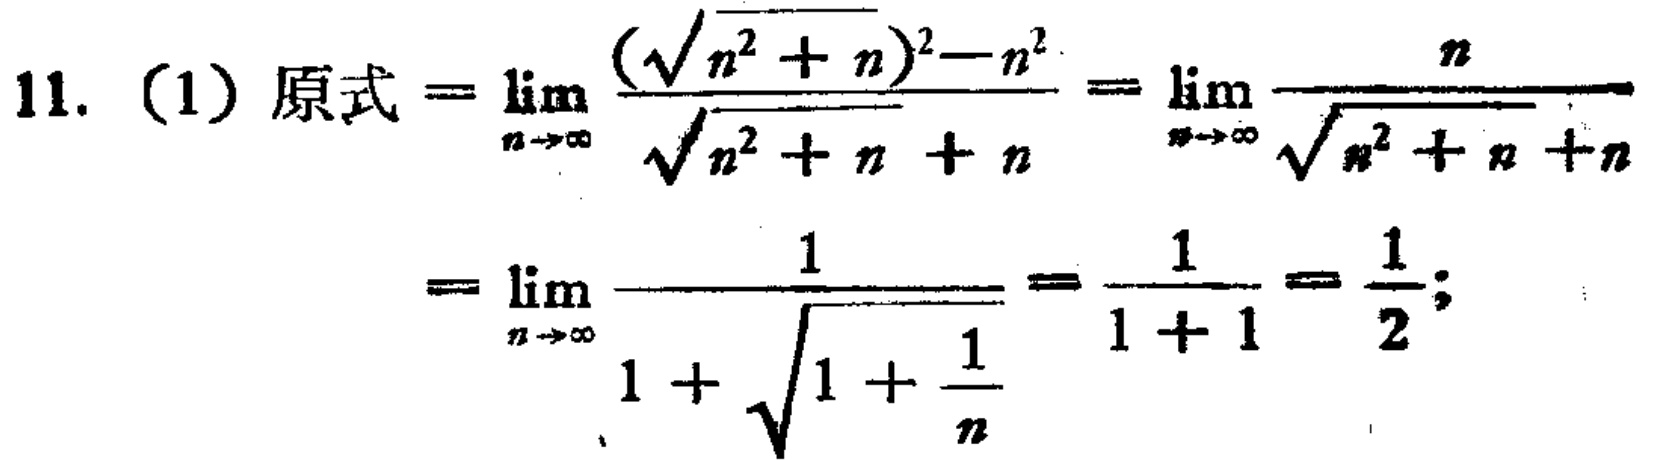
11. (1) 原式$=\lim_{n \to \infty} \frac{(\sqrt{n^{2}+n})^{2}-n^{2}}{\sqrt{n^{2}+n}+n}=\lim_{n \to \infty} \frac{n}{\sqrt{n^{2}+n}+n}$
$=\lim_{n \to \infty} \frac{1}{1 + \sqrt{1+\frac{1}{n}}}=\frac{1}{1 + 1}=\frac{1}{2};$